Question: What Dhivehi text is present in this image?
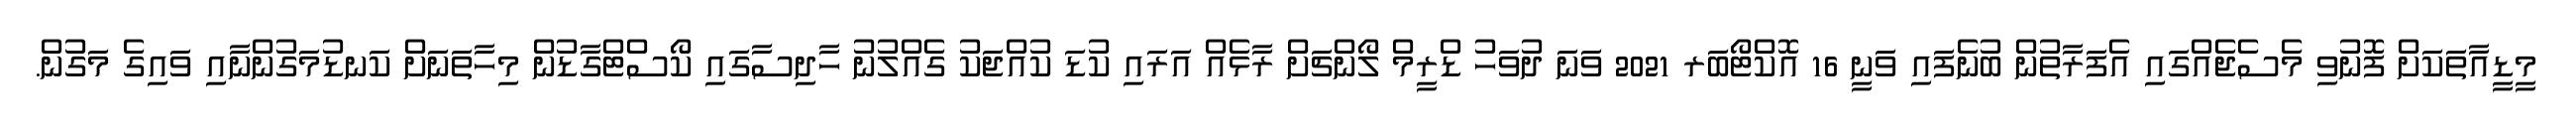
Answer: މީޑީއާތަކަށް ފޮނުވި މެސެޖެއްގައި އެފަރާތުން ބުނެފައި ވަނީ 16 އޮކްޓޯބަރ 2021 ވަނަ ދުވަހު ޑްރީމް ލޯންޗަށް ރާޅެއް އަރައި ކުޑަ ކުއްޖަކު ގެއްލުނު ހާދިސާގައި ކޯސްޓްގާޑުން މިހާތަނަށް ކަނޑުމަގުންނާއި ވައިގެ މަގުން.